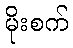
မိုးစက်